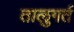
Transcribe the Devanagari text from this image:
तालुगर्त